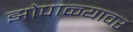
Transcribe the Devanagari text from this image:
झोपाळ्यावर